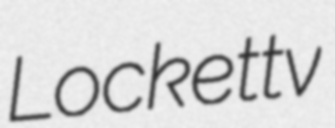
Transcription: Lockett v